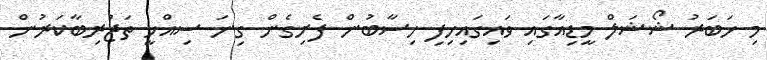
މި ހަބަރު ޝޯޝަލް މީޑިއާގައި ވައިގައިހިފި ހިސާބުން ފެށިގެން ގިނަ ސިއްހީ ތަޖުރިބާކަރުން